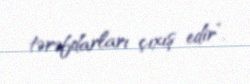
tərəfdarları çıxış edir”.